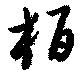
栢